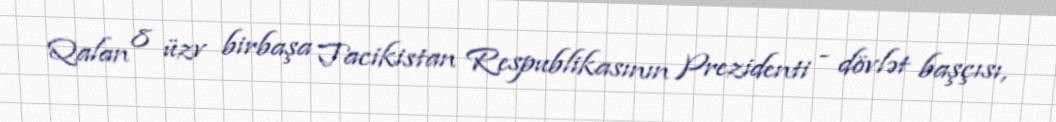
Qalan 8 üzv birbaşa Tacikistan Respublikasının Prezidenti - dövlət başçısı,